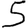
Digit: 5